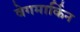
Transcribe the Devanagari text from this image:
वेगमार्किन